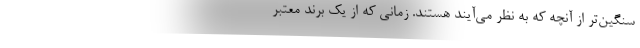
سنگین‌تر از آنچه که به نظر می‌آیند هستند. زمانی که از یک برند معتبر